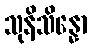
သုနိသိန္နော